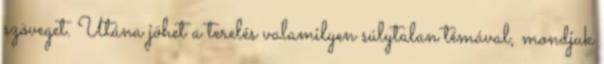
szöveget. Utána jöhet a terelés valamilyen súlytalan témával, mondjuk